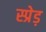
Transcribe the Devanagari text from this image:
स्प्रेड़